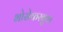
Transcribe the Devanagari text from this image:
भोसेकरबुवा